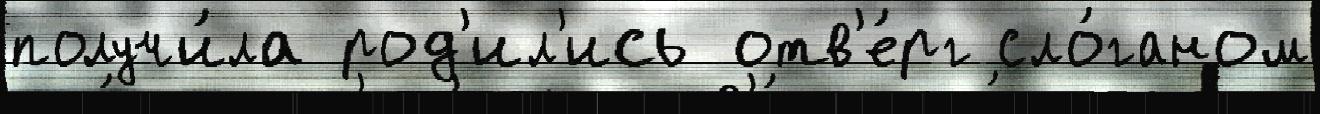
получи́ла род'ил'ись отв'е́рг сло́ганом